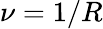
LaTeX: \nu=1/R